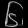
Digit: ၆